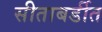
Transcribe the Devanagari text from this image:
सीताबर्डीत